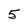
Character: 5